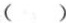
()